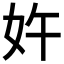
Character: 𱙈